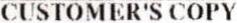
CUSTOMER'S COPY